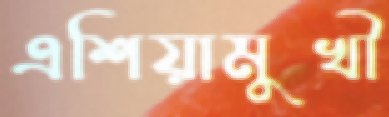
এশিয়ামুখী